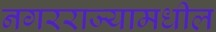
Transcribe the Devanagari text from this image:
नगरराज्यामधील